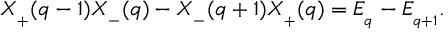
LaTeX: X _ { _ { + } } ( q - 1 ) X _ { _ { - } } ( q ) - X _ { _ { - } } ( q + 1 ) X _ { _ { + } } ( q ) = E _ { _ q } - E _ { _ { q + 1 } } .